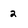
Character: 2